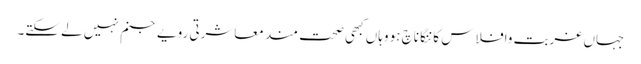
جہاں غربت وافلاس کاننگا ناچ ہو وہاں کبھی صحت مند معاشرتی رویے جنم نہیں لے سکتے۔